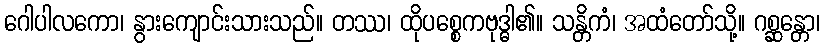
ဂေါပါလကော၊ နွားကျောင်းသားသည်။ တဿ၊ ထိုပစ္စေကဗုဒ္ဓါ၏။ သန္တိကံ၊ အထံတော်သို့။ ဂစ္ဆန္တော၊